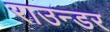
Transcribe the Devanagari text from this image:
राउन्डर